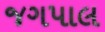
જગપાલ